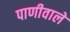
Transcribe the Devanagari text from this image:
पाणीवाले